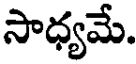
సాధ్యమే.